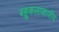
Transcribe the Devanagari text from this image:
बहुकलाकारीय